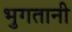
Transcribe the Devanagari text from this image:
भुगतानी